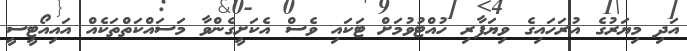
އަދި މިޔަރުގެ އުރަހައިގެ ވިޔަފާރި ހުއްޓުވުމަށް ޓަކައި ވެސް އެކަށީގެންވާ މަސައްކަތްތަކެއް އައިއޯޓީސީ